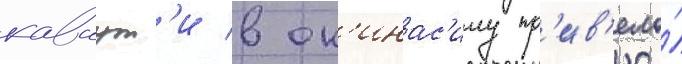
каваут'и в ок'инас'иму пр'ив'ело́